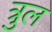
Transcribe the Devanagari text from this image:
त्रुल